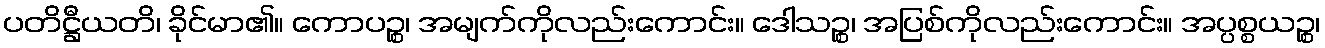
ပတိဋ္ဌီယတိ၊ ခိုင်မာ၏။ ကောပဉ္စ၊ အမျက်ကိုလည်းကောင်း။ ဒေါသဉ္စ၊ အပြစ်ကိုလည်းကောင်း။ အပ္ပစ္စယဉ္စ၊